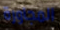
المجاورة